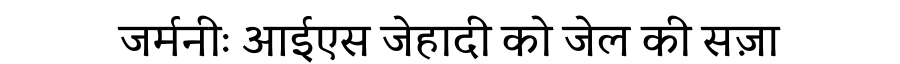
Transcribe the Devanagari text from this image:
जर्मनीः आईएस जेहादी को जेल की सज़ा